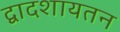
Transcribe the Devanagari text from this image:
द्वादशायतन